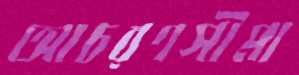
আচরণসীমা